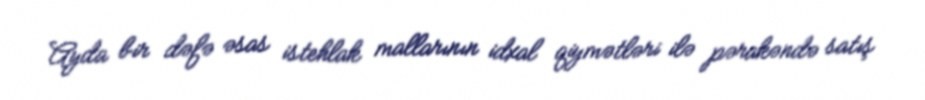
Ayda bir dəfə əsas istehlak mallarının idxal qiymətləri ilə pərakəndə satış